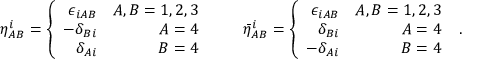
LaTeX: \eta _ { A B } ^ { i } = \left\{ \begin{array} { r r } { { \epsilon _ { i A B } } } & { { A , B = 1 , 2 , 3 } } \\ { { - \delta _ { B i } } } & { { A = 4 } } \\ { { \delta _ { A i } } } & { { B = 4 } } \end{array} \right. \qquad { \bar { \eta } } _ { A B } ^ { i } = \left\{ \begin{array} { r r } { { \epsilon _ { i A B } } } & { { A , B = 1 , 2 , 3 } } \\ { { \delta _ { B i } } } & { { A = 4 } } \\ { { - \delta _ { A i } } } & { { B = 4 } } \end{array} \right. \ .